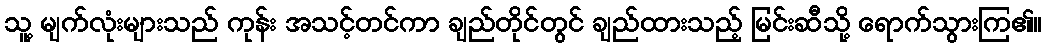
သူ့ မျက်လုံးများသည် ကုန်း အသင့်တင်ကာ ချည်တိုင်တွင် ချည်ထားသည့် မြင်းဆီသို့ ရောက်သွားကြ၏။